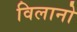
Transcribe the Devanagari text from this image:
विलानो